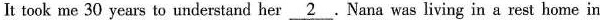
It took me 30 years to understand her \underline{2}.Nana was living in a rest home in